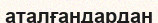
аталғандардан